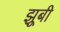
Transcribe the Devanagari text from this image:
झूबी